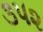
૩૫૨